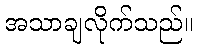
အသာချလိုက်သည်။